Leprosy in India: report of the Leprosy Commission in India, 1890-91
Year: 1890
Disease focus: Leprosy
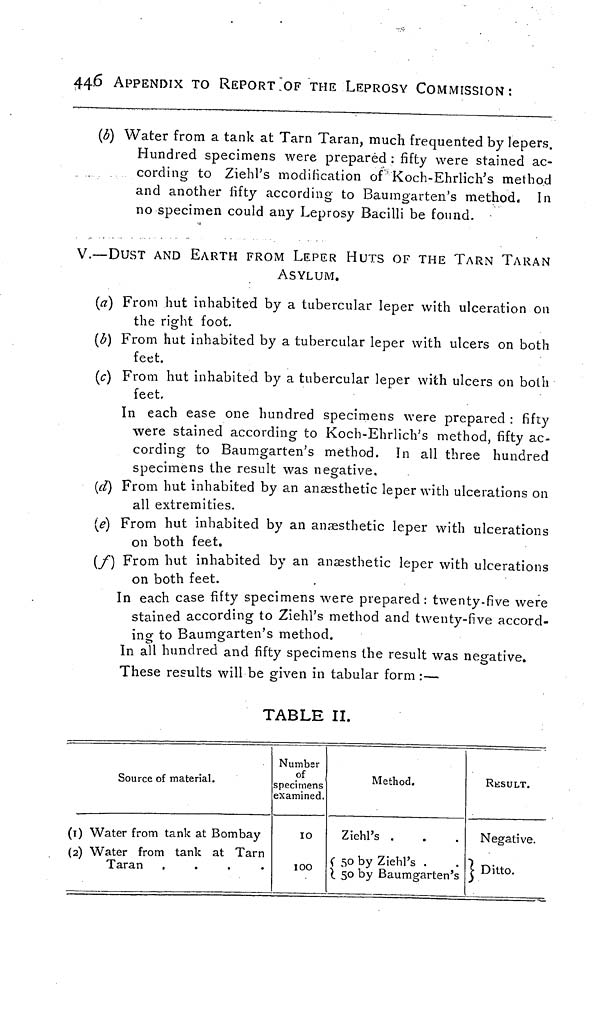
446
APPENDIX TO REPORT OF THE LEPROSY
COMMISSION:
(b) Water from a tank at Tarn Taran, much frequented by lepers.
Hundred specimens were prepared : fifty were stained ac-
cording to Ziehl's modification of Koch-Ehrlich's method
and another fifty according to Baumgarten's method« In
no specimen could any Leprosy Bacilli be found.
V.—DUST AND EARTH FROM LEPER HUTS OF THE TARN TARAN
ASYLUM.
(a) From hut inhabited by a tubercular leper with ulceration on
the right foot.
(b) From hut inhabited by a tubercular leper with ulcers on both
feet.
(c) From hut inhabited by a tubercular leper with ulcers on both
feet.
In each ease one hundred specimens were prepared : fifty
were stained according to Koch-Ehrlich's method, fifty ac-
cording to Baumgarten's method. In all three hundred
specimens the result was negative«
(d) From hut inhabited by an anaesthetic leper with ulcerations on
all extremities.
(e) From hut inhabited by an anæsthetic leper with ulcerations
on both feet.
(f) From hut inhabited by an anaesthetic leper with ulcerations
on both feet.
In each case fifty specimens were prepared: twenty-five were
stained according to Ziehl's method and twenty-five accord-
ing to Baumgarten's method.
In all hundred and fifty specimens the result was negative.
These results will be given in tabular form :—
TABLE II.
(0
(2)
Source of material.
Water from tank at Bombay
Water from tank at Tarn
Taran
....
Number
of
specimens
examined.
10
100
Method.
Ziehl's .
50 by Ziehl's .
50 by Baumgarten's
RESULT.
Negative.
Ditto.